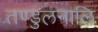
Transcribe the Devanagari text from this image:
तण्डुलनालि